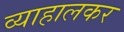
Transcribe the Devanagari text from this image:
व्याहालकर